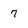
Character: 7